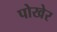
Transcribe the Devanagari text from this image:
पोखेर